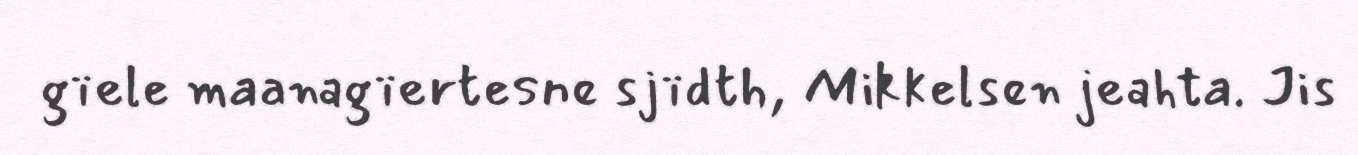
gïele maanagïertesne sjïdth, Mikkelsen jeahta. Jis